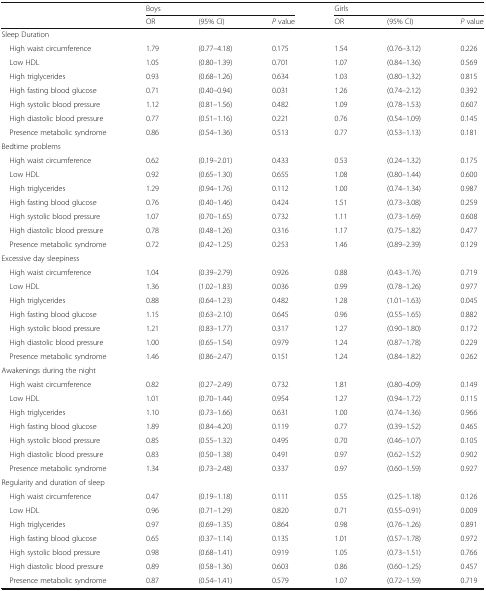
<table><thead><tr><td></td><td colspan="3"><b>Boys</b></td><td colspan="3"><b>Girls</b></td></tr><tr><td></td><td><b>OR</b></td><td><b>(95% CI)</b></td><td><b><i>P</i> value</b></td><td><b>OR</b></td><td><b>(95% CI)</b></td><td><b><i>P</i> value</b></td></tr></thead><tbody><tr><td colspan="7">Sleep Duration</td></tr><tr><td> High waist circumference</td><td>1.79</td><td>(0.77–4.18)</td><td>0.175</td><td>1.54</td><td>(0.76–3.12)</td><td>0.226</td></tr><tr><td> Low HDL</td><td>1.05</td><td>(0.80–1.39)</td><td>0.701</td><td>1.07</td><td>(0.84–1.36)</td><td>0.569</td></tr><tr><td> High triglycerides</td><td>0.93</td><td>(0.68–1.26)</td><td>0.634</td><td>1.03</td><td>(0.80–1.32)</td><td>0.815</td></tr><tr><td> High fasting blood glucose</td><td>0.71</td><td>(0.40–0.94)</td><td>0.031</td><td>1.26</td><td>(0.74–2.12)</td><td>0.392</td></tr><tr><td> High systolic blood pressure</td><td>1.12</td><td>(0.81–1.56)</td><td>0.482</td><td>1.09</td><td>(0.78–1.53)</td><td>0.607</td></tr><tr><td> High diastolic blood pressure</td><td>0.77</td><td>(0.51–1.16)</td><td>0.221</td><td>0.76</td><td>(0.54–1.09)</td><td>0.145</td></tr><tr><td> Presence metabolic syndrome</td><td>0.86</td><td>(0.54–1.36)</td><td>0.513</td><td>0.77</td><td>(0.53–1.13)</td><td>0.181</td></tr><tr><td colspan="7">Bedtime problems</td></tr><tr><td> High waist circumference</td><td>0.62</td><td>(0.19–2.01)</td><td>0.433</td><td>0.53</td><td>(0.24–1.32)</td><td>0.175</td></tr><tr><td> Low HDL</td><td>0.92</td><td>(0.65–1.30)</td><td>0.655</td><td>1.08</td><td>(0.80–1.44)</td><td>0.600</td></tr><tr><td> High triglycerides</td><td>1.29</td><td>(0.94–1.76)</td><td>0.112</td><td>1.00</td><td>(0.74–1.34)</td><td>0.987</td></tr><tr><td> High fasting blood glucose</td><td>0.76</td><td>(0.40–1.46)</td><td>0.424</td><td>1.51</td><td>(0.73–3.08)</td><td>0.259</td></tr><tr><td> High systolic blood pressure</td><td>1.07</td><td>(0.70–1.65)</td><td>0.732</td><td>1.11</td><td>(0.73–1.69)</td><td>0.608</td></tr><tr><td> High diastolic blood pressure</td><td>0.78</td><td>(0.48–1.26)</td><td>0.316</td><td>1.17</td><td>(0.75–1.82)</td><td>0.477</td></tr><tr><td> Presence metabolic syndrome</td><td>0.72</td><td>(0.42–1.25)</td><td>0.253</td><td>1.46</td><td>(0.89–2.39)</td><td>0.129</td></tr><tr><td colspan="7">Excessive day sleepiness</td></tr><tr><td> High waist circumference</td><td>1.04</td><td>(0.39–2.79)</td><td>0.926</td><td>0.88</td><td>(0.43–1.76)</td><td>0.719</td></tr><tr><td> Low HDL</td><td>1.36</td><td>(1.02–1.83)</td><td>0.036</td><td>0.99</td><td>(0.78–1.26)</td><td>0.977</td></tr><tr><td> High triglycerides</td><td>0.88</td><td>(0.64–1.23)</td><td>0.482</td><td>1.28</td><td>(1.01–1.63)</td><td>0.045</td></tr><tr><td> High fasting blood glucose</td><td>1.15</td><td>(0.63–2.10)</td><td>0.645</td><td>0.96</td><td>(0.55–1.65)</td><td>0.882</td></tr><tr><td> High systolic blood pressure</td><td>1.21</td><td>(0.83–1.77)</td><td>0.317</td><td>1.27</td><td>(0.90–1.80)</td><td>0.172</td></tr><tr><td> High diastolic blood pressure</td><td>1.00</td><td>(0.65–1.54)</td><td>0.979</td><td>1.24</td><td>(0.87–1.78)</td><td>0.229</td></tr><tr><td> Presence metabolic syndrome</td><td>1.46</td><td>(0.86–2.47)</td><td>0.151</td><td>1.24</td><td>(0.84–1.82)</td><td>0.262</td></tr><tr><td colspan="7">Awakenings during the night</td></tr><tr><td> High waist circumference</td><td>0.82</td><td>(0.27–2.49)</td><td>0.732</td><td>1.81</td><td>(0.80–4.09)</td><td>0.149</td></tr><tr><td> Low HDL</td><td>1.01</td><td>(0.70–1.44)</td><td>0.954</td><td>1.27</td><td>(0.94–1.72)</td><td>0.115</td></tr><tr><td> High triglycerides</td><td>1.10</td><td>(0.73–1.66)</td><td>0.631</td><td>1.00</td><td>(0.74–1.36)</td><td>0.966</td></tr><tr><td> High fasting blood glucose</td><td>1.89</td><td>(0.84–4.20)</td><td>0.119</td><td>0.77</td><td>(0.39–1.52)</td><td>0.465</td></tr><tr><td> High systolic blood pressure</td><td>0.85</td><td>(0.55–1.32)</td><td>0.495</td><td>0.70</td><td>(0.46–1.07)</td><td>0.105</td></tr><tr><td> High diastolic blood pressure</td><td>0.83</td><td>(0.50–1.38)</td><td>0.491</td><td>0.97</td><td>(0.62–1.52)</td><td>0.902</td></tr><tr><td> Presence metabolic syndrome</td><td>1.34</td><td>(0.73–2.48)</td><td>0.337</td><td>0.97</td><td>(0.60–1.59)</td><td>0.927</td></tr><tr><td colspan="7">Regularity and duration of sleep</td></tr><tr><td> High waist circumference</td><td>0.47</td><td>(0.19–1.18)</td><td>0.111</td><td>0.55</td><td>(0.25–1.18)</td><td>0.126</td></tr><tr><td> Low HDL</td><td>0.96</td><td>(0.71–1.29)</td><td>0.820</td><td>0.71</td><td>(0.55–0.91)</td><td>0.009</td></tr><tr><td> High triglycerides</td><td>0.97</td><td>(0.69–1.35)</td><td>0.864</td><td>0.98</td><td>(0.76–1.26)</td><td>0.891</td></tr><tr><td> High fasting blood glucose</td><td>0.65</td><td>(0.37–1.14)</td><td>0.135</td><td>1.01</td><td>(0.57–1.78)</td><td>0.972</td></tr><tr><td> High systolic blood pressure</td><td>0.98</td><td>(0.68–1.41)</td><td>0.919</td><td>1.05</td><td>(0.73–1.51)</td><td>0.766</td></tr><tr><td> High diastolic blood pressure</td><td>0.89</td><td>(0.58–1.36)</td><td>0.603</td><td>0.86</td><td>(0.60–1.25)</td><td>0.457</td></tr><tr><td> Presence metabolic syndrome</td><td>0.87</td><td>(0.54–1.41)</td><td>0.579</td><td>1.07</td><td>(0.72–1.59)</td><td>0.719</td></tr></tbody></table>